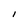
Character: l